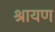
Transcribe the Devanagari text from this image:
श्रायण